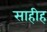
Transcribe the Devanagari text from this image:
साहीह